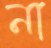
না